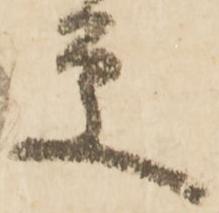
更